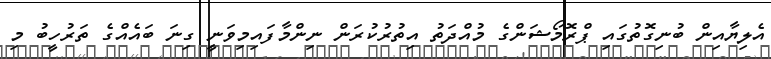
އެލިޔާއިން ބުނިގޮތުގައި ޕްރޮމޯޝަންގެ މުއްދަތު އިތުރުކުރަން ނިންމާފައިމިވަނީ ގިނަ ބައެއްގެ ތަރުހީބު މި